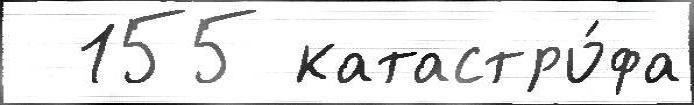
  155 катастро́фа